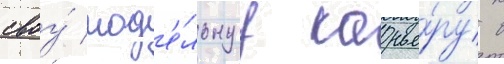
своу́ мод'е́льнуу карье́ру в